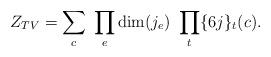
LaTeX: \begin{align*}Z_{TV} = \sum_{c} \ \prod_{e} {\rm dim}(j_{e}) \ \prod_{t} \{6j\}_{t}(c). \end{align*}